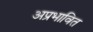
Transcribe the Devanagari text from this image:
अप्रभावित